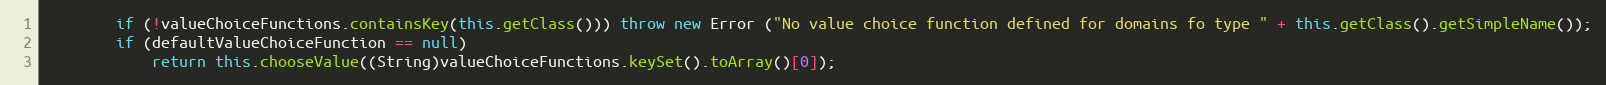
Language: Java
		if (!valueChoiceFunctions.containsKey(this.getClass())) throw new Error ("No value choice function defined for domains fo type " + this.getClass().getSimpleName());
		if (defaultValueChoiceFunction == null)
			return this.chooseValue((String)valueChoiceFunctions.keySet().toArray()[0]);